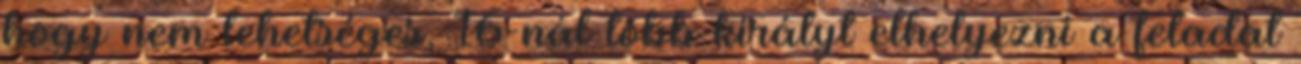
hogy nem lehetséges, 16-nál több királyt elhelyezni a feladat